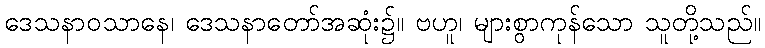
ဒေသနာဝသာနေ၊ ဒေသနာတော်အဆုံး၌။ ဗဟူ၊ များစွာကုန်သော သူတို့သည်။